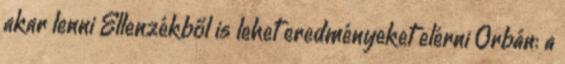
akar lenni Ellenzékből is lehet eredményeket elérni Orbán: a